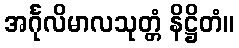
အင်္ဂုလိမာလသုတ္တံ နိဋ္ဌိတံ။